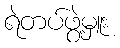
ရဲတပ်ဖွဲ့မှူး